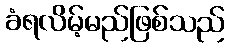
ခံရလိမ့်မည်ဖြစ်သည်